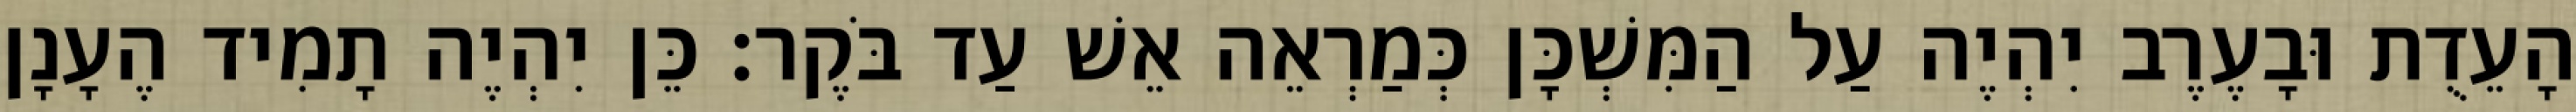
הָעֵדֻת וּבָעֶרֶב יִהְיֶה עַל הַמִּשְׁכָּן כְּמַרְאֵה אֵשׁ עַד בֹּקֶר׃ כֵּן יִהְיֶה תָמִיד הֶעָנָן